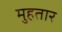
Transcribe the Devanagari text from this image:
मुहतार